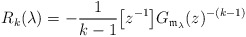
\begin{align*} R_k(\lambda)= -\frac{1}{k-1} \big[z^{-1}\big] G_{\mathfrak{m}_\lambda}(z)^{-(k-1)}\end{align*}